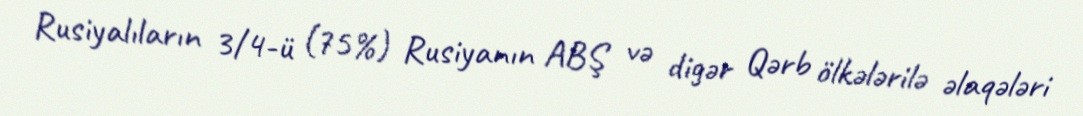
Rusiyalıların 3/4-ü (75%) Rusiyanın ABŞ və digər Qərb ölkələrilə əlaqələri